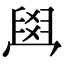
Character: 𦥯